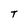
Character: T